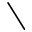
\setminus